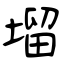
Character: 塯